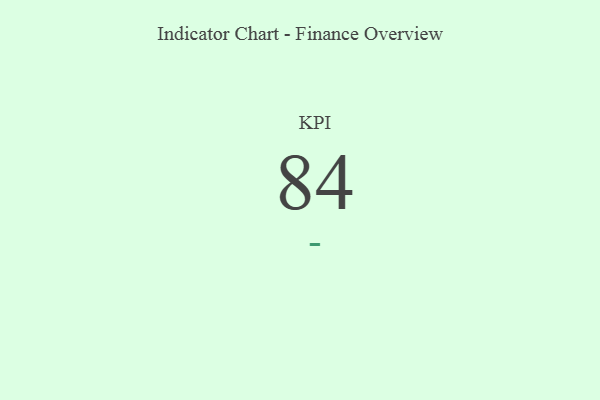
{"axis": {"x": "KPI", "y": "Value"}, "legend": [""], "data": [{"x": "KPI", "y": 84, "type": ""}]}